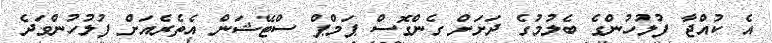
އެ ކުއްޖާ ފުލުހުންގެ ބެލުމުގެ ދަށަށް ގެންގޮސް ޕަމްޕް ސްޓޭޝަން އެތެރެއަށް ފުލުހުންވަދެ